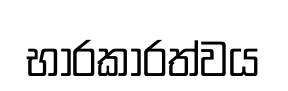
භාරකාරත්වය